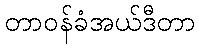
တာဝန်ခံအယ်ဒီတာ